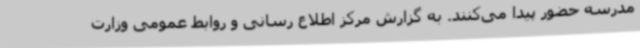
مدرسه حضور پیدا می‌کنند. به گزارش مرکز اطلاع رسانی و روابط عمومی وزارت